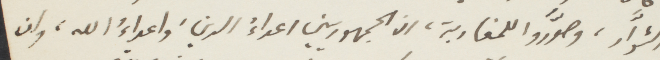
الثوّار، وصوّروا للمغاربة، ان الجمهوريين اعداءُ الدين، واعداءُ الله، وان